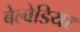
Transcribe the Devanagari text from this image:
बेल्वेडियर